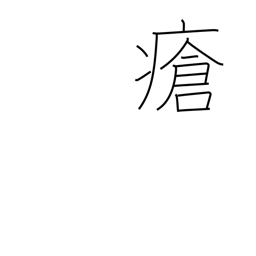
Meaning: wound